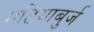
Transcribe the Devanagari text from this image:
मटियाबुर्ज